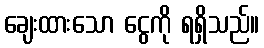
ချေးထားသော ငွေကို ရရှိသည်။